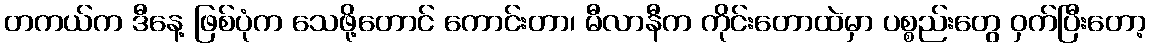
တကယ်က ဒီနေ့ ဖြစ်ပုံက သေဖို့တောင် ကောင်းတာ၊ မီလာနီက ကိုင်းတောထဲမှာ ပစ္စည်းတွေ ဝှက်ပြီးတော့